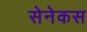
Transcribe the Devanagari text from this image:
सेनेकस